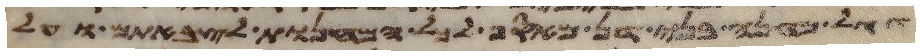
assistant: דגל מחנה בני דן מאסף לכל המחנות לצבאתם ועל